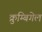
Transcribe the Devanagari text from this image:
क्रुम्बिगेल